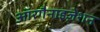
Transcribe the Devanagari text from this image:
ऑरगैनाइज़ेशन